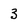
Character: 3